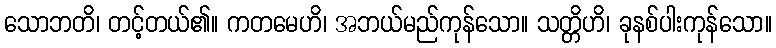
သောဘတိ၊ တင့်တယ်၏။ ကတမေဟိ၊ အဘယ်မည်ကုန်သော။ သတ္တိဟိ၊ ခုနစ်ပါးကုန်သော။